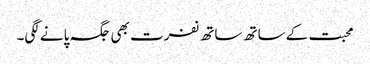
محبت کے ساتھ ساتھ نفرت بھی جگہ پانے لگی۔